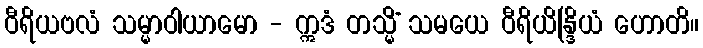
ဝီရိယဗလံ သမ္မာဝါယာမော - ဣဒံ တသ္မိံ သမယေ ဝီရိယိန္ဒြိယံ ဟောတိ။